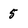
Character: 5